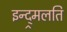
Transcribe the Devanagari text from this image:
इन्द्र्मलति